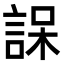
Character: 𮘒